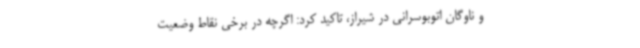
و ناوگان اتوبوسرانی در شیراز، تاکید کرد: اگرچه در برخی نقاط وضعیت